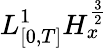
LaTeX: L_{[0,T]}^{1}H_{x}^{\frac{3}{2}}